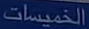
الخُميسات